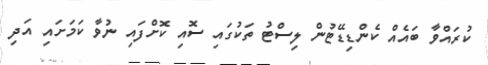
ކުރައްވާ ބައެއް ކެންޑިޑޭޓުން ލިސްޓު ތަކުގައި ސޮއި ކޮށްފައި ނުވާ ކަމަށައި އަދި